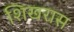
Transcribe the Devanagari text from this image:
शिखरास